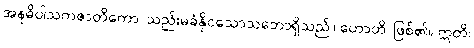
အနဓိပါသကဇာတိကော၊ သည်းမခံနိုငသောသဘောရှိသည်။ ဟောတိ၊ ဖြစ်၏။ ဣတိ၊